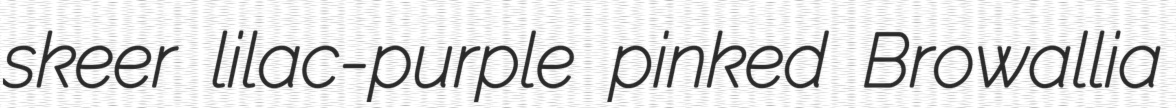
skeer lilac-purple pinked Browallia